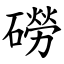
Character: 磱